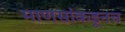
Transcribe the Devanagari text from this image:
माणसांकडूनच